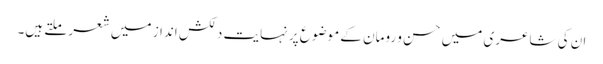
ان کی شاعری میں حسن و رومان کے موضوع پر نہایت دلکش انداز میں شعر ملتے ہیں۔